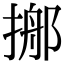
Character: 𢰓